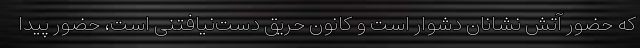
که حضور آتش نشانان دشوار است و کانون حریق دست‌نیافتنی است، حضور پیدا